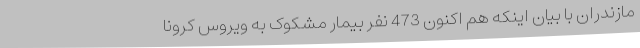
مازندران با بیان اینکه هم اکنون 473 نفر بیمار مشکوک به ویروس کرونا